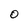
Character: O